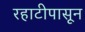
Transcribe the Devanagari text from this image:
रहाटीपासून